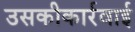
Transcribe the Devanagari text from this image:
उसकीकार्रवाई